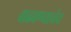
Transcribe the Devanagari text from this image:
वाढवण्याचेच